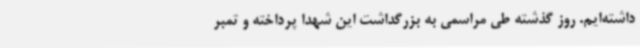
داشته‌ایم. روز گذشته طی مراسمی به بزرگداشت این شهدا پرداخته و تمبر